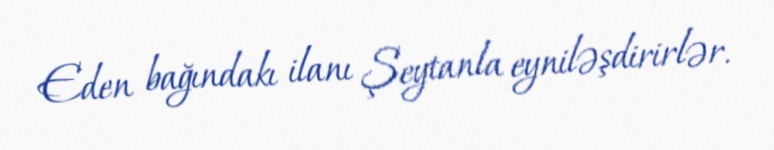
Eden bağındakı ilanı Şeytanla eyniləşdirirlər.